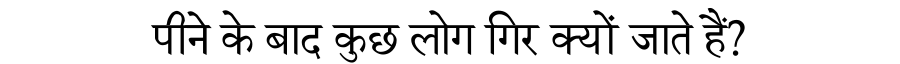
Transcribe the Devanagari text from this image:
पीने के बाद कुछ लोग गिर क्यों जाते हैं?